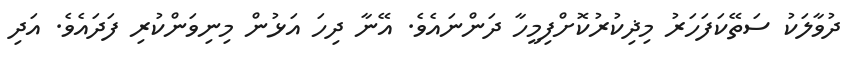
ދުވާލަކު ސަތޭކަފަހަރު މިޛިކުރުކޮށްފިމީހާ ދަންނައެވެ. އޭނާ ދިހަ އަޅުން މިނިވަންކުރި ފަދައެވެ. އަދި